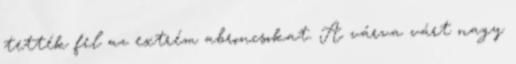
tették fel az extrém abroncsokat. A várva várt nagy